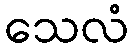
သေလံ